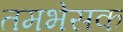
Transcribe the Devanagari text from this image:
तमभेसक